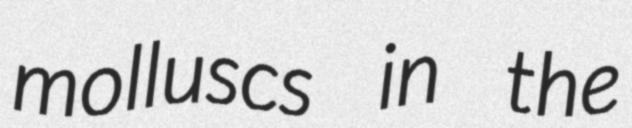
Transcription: molluscs in the